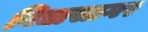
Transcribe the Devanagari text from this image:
बिद्यासागर